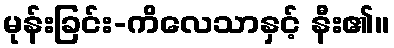
မုန်းခြင်း-ကိလေသာနှင့် နီး၏။